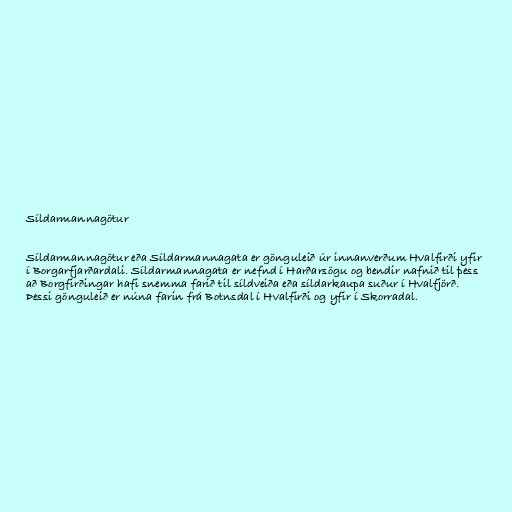
Síldarmannagötur

Síldarmannagötur eða Síldarmannagata er gönguleið úr innanverðum Hvalfirði yfir
í Borgarfjarðardali. Síldarmannagata er nefnd í Harðarsögu og bendir nafnið til þess
að Borgfirðingar hafi snemma farið til síldveiða eða síldarkaupa suður í Hvalfjörð.
Þessi gönguleið er núna farin frá Botnsdal í Hvalfirði og yfir í Skorradal.